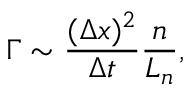
\Gamma \sim \frac { ( \Delta x ) ^ { 2 } } { \Delta t } \frac { n } { L _ { n } } ,